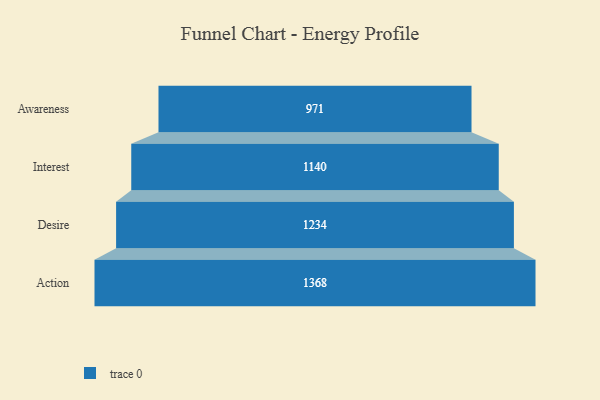
{"axis": {"x": "Stage", "y": "Value"}, "legend": [""], "data": [{"x": "Awareness", "y": 971.0, "type": ""}, {"x": "Interest", "y": 1140.0, "type": ""}, {"x": "Desire", "y": 1234.0, "type": ""}, {"x": "Action", "y": 1368.0, "type": ""}]}